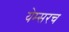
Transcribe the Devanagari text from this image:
येम्सरच